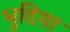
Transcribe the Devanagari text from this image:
भुदिया